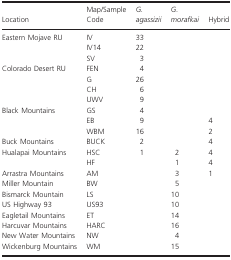
<table><thead><tr><td><b>Location</b></td><td><b>Map/Sample Code</b></td><td><b><i>G. agassizii</i></b></td><td><b><i>G. morafkai</i></b></td><td><b>Hybrid</b></td></tr></thead><tbody><tr><td rowspan="3">Eastern Mojave RU</td><td>IV</td><td>33</td><td></td><td></td></tr><tr><td>IV14</td><td>22</td><td></td><td></td></tr><tr><td>SV</td><td>3</td><td></td><td></td></tr><tr><td rowspan="4">Colorado Desert RU</td><td>FEN</td><td>4</td><td></td><td></td></tr><tr><td>G</td><td>26</td><td></td><td></td></tr><tr><td>CH</td><td>6</td><td></td><td></td></tr><tr><td>UWV</td><td>9</td><td></td><td></td></tr><tr><td rowspan="3">Black Mountains</td><td>GS</td><td>4</td><td></td><td></td></tr><tr><td>EB</td><td>9</td><td></td><td>4</td></tr><tr><td>WBM</td><td>16</td><td></td><td>2</td></tr><tr><td>Buck Mountains</td><td>BUCK</td><td>2</td><td></td><td>4</td></tr><tr><td rowspan="2">Hualapai Mountains</td><td>HSC</td><td>1</td><td>2</td><td>4</td></tr><tr><td>HF</td><td></td><td>1</td><td>4</td></tr><tr><td>Arrastra Mountains</td><td>AM</td><td></td><td>3</td><td>1</td></tr><tr><td>Miller Mountain</td><td>BW</td><td></td><td>5</td><td></td></tr><tr><td>Bismarck Mountain</td><td>LS</td><td></td><td>10</td><td></td></tr><tr><td>US Highway 93</td><td>US93</td><td></td><td>10</td><td></td></tr><tr><td>Eagletail Mountains</td><td>ET</td><td></td><td>14</td><td></td></tr><tr><td>Harcuvar Mountains</td><td>HARC</td><td></td><td>16</td><td></td></tr><tr><td>New Water Mountains</td><td>NW</td><td></td><td>4</td><td></td></tr><tr><td>Wickenburg Mountains</td><td>WM</td><td></td><td>15</td><td></td></tr></tbody></table>